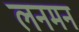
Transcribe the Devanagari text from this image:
लनमन